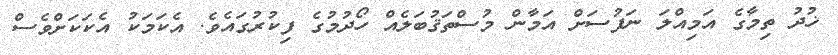
ޚުދު ތިމާގެ އަމިއްލަ ނަފުސަށް އަމާން މުސްތަޤުބަލެއް ހޯދުމުގެ ފިކުރުގައެވެ. އެކަމަކު އެކަކަށްވެސް